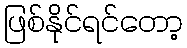
ဖြစ်နိုင်ရင်တော့